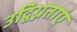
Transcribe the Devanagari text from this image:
उद्विग्नताएं